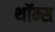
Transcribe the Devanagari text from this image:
थॉम्स